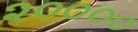
૨૦૦૦૦